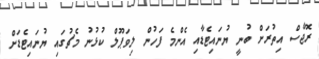
ރޮޖާސް އިތުރަށް ބުނީ ޔުނައިޓެޑާއި އެންމެ ފަހުން ލިވަޕޫލް ކުޅުނު މެޗުގައި ޔުނައިޓެޑަށް